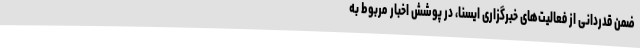
ضمن قدردانی از فعالیت‌های خبرگزاری ایسنا، در پوشش اخبار مربوط به